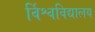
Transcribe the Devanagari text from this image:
र्विश्वविद्यालय